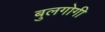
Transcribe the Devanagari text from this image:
बुलगोगी